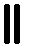
။